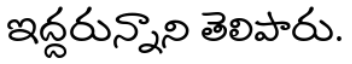
ఇద్దరున్నాని తెలిపారు.